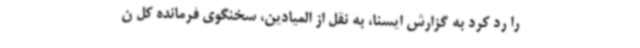
را رد کرد به گزارش ایسنا، به نقل از المیادین، سخنگوی فرمانده کل ن